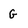
Character: G